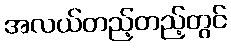
အလယ်တည့်တည့်တွင်